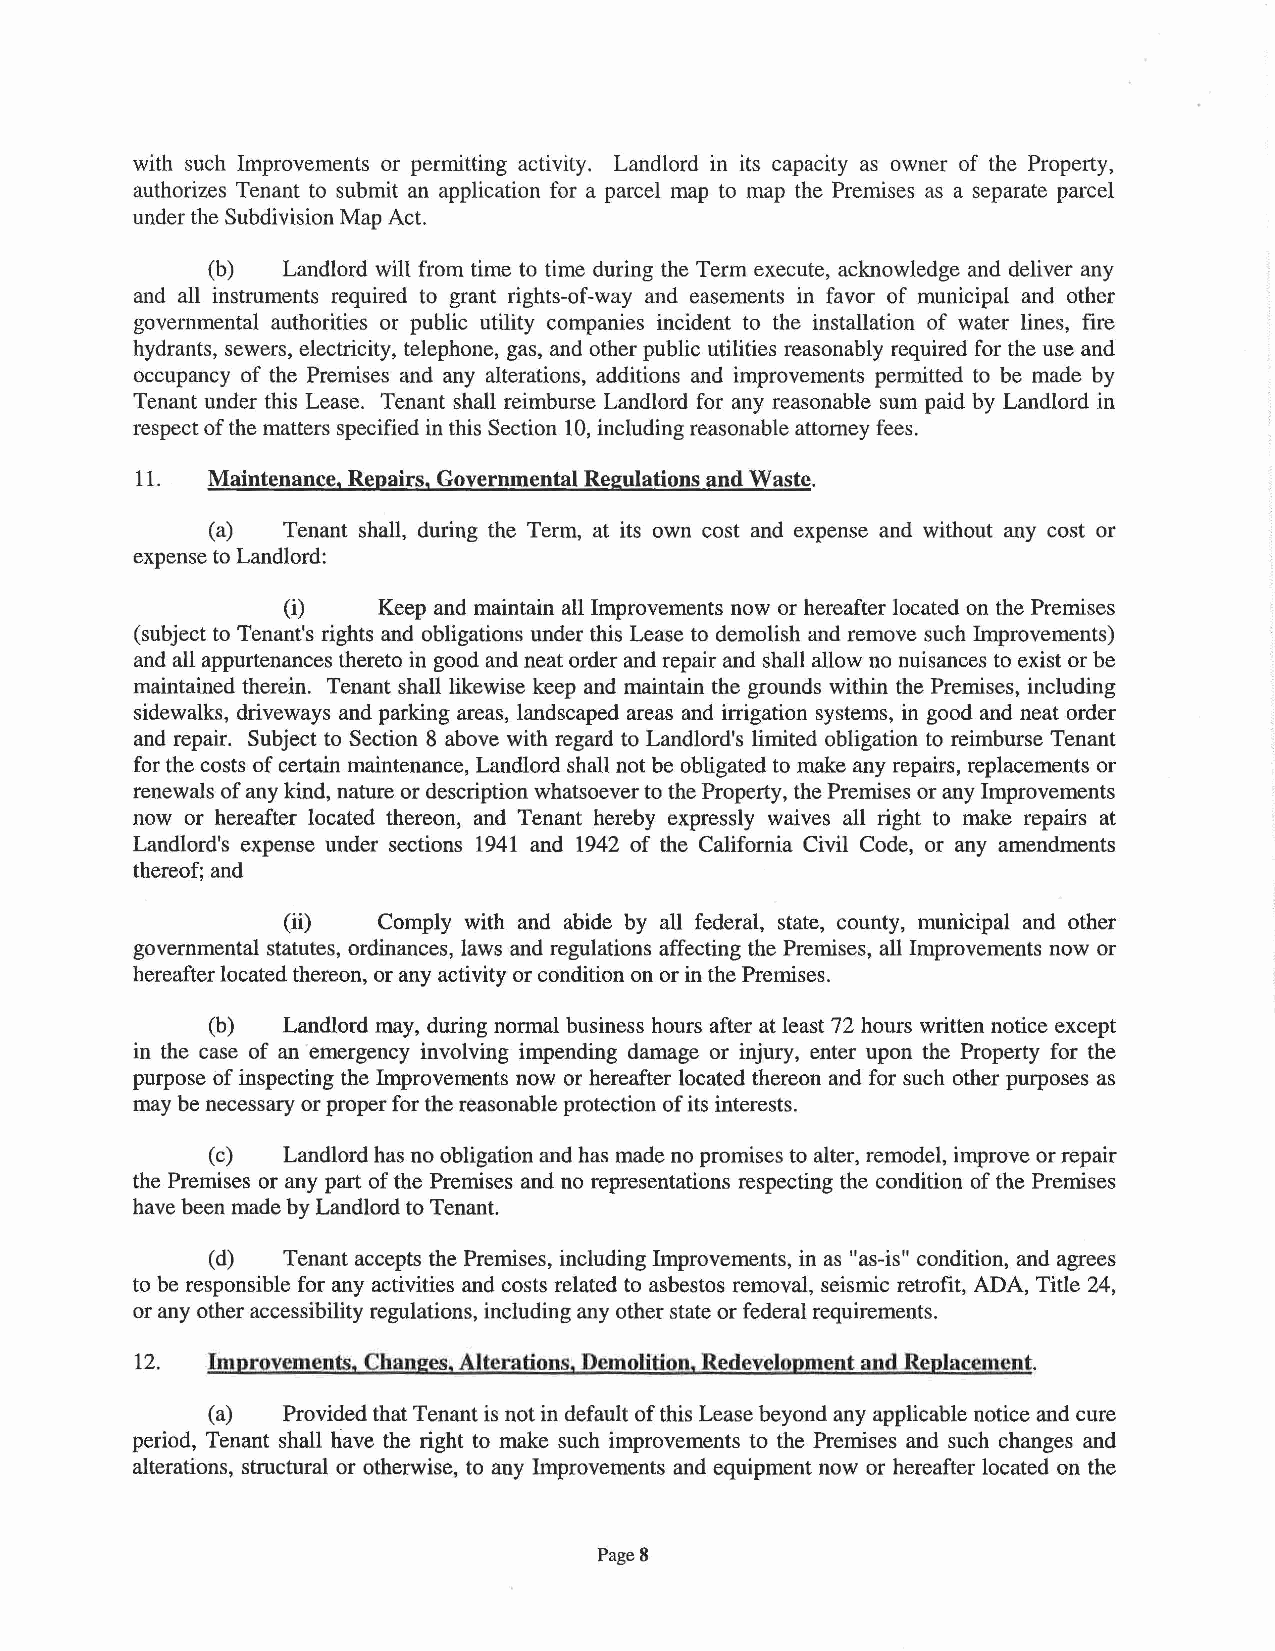
with such Improvements or pernuttmg act1v1ty. Landlord in its capacity as owner of the Property,
 authorizes Tenant to submit an application for a parcel map to map the Premises as a separate parcel
 under the Subdivision Map Act.
 (b)  Landlord will from time to time during the Term execute, acknowledge and deliver any
 and all instruments required to grant rights-of-way and easements in favor of municipal and other
 governmental authorities or public utility companies incident to the installation of water lines, fire
 hydrants, sewers, electricity, telephone, gas, and other public utilities reasonably required for the use and
 occupancy of the Premises and any alterations, additions and improvements permitted to be made by
 Tenant under this Lease. Tenant shall reimburse Landlord for any reasonable sum paid by Landlord in
 respect of the matters specified in this Section 10, including reasonable attorney fees.
 11.  Maintenance, Repairs, Governmental Regulations and Waste.
 (a)  Tenant shall, during the Term, at its own cost and expense and without any cost or
 expense to Landlord:
 (i)   Keep and maintain all Improvements now or hereafter located on the Premises
 (subject to Tenant's rights and obligations under this Lease to demolish and remove such Improvements)
 and all appurtenances thereto in good and neat order and repair and shall allow no nuisances to exist or be
 maintained therein. Tenant shall likewise keep and maintain the grounds within the Premises, including
 sidewalks, driveways and parking areas, landscaped areas and irrigation systems, in good and neat order
 and repair. Subject to Section 8 above with regard to Landlord's limited obligation to reimburse Tenant
 for the costs of certain maintenance, Landlord shall not be obligated to make any repairs, replacements or
 renewals of any kind, nature or description whatsoever to the Property, the Premises or any Improvements
 now or hereafter located thereon, and Tenant hereby expressly waives all right to make repairs at
 Landlord's expense under sections 1941 and 1942 of the California Civil Code, or any amendments
 thereof; and
 (ii)  Comply with and abide by all federal, state, county, municipal and other
 governmental statutes, ordinances, laws and regulations affecting the Premises, all Improvements now or
 hereafter located thereon, or any activity or condition on or in the Premises.
 (b)  Landlord may, during normal business hours after at least 72 hours written notice except
 in the case of an emergency involving impending damage or injury, enter upon the Property for the
 purpose of inspecting the Improvements now or hereafter located thereon and for such other purposes as
 may be necessary or proper for the reasonable protection of its interests.
 (c)  Landlord has no obligation and has made no promises to alter, remodel, improve or repair
 the Premises or any part of the Premises and no representations respecting the condition of the Premises
 have been made by Landlord to Tenant.
 (d)  Tenant accepts the Premises, including Improvements, in as "as-is" condition, and agrees
 to be responsible for any activities and costs related to asbestos removal, seismic retrofit, ADA, Title 24,
 or any other accessibility regulations, including any other state or federal requirements.
 12.  Improvements, Changes, Alterations, Demolition, Redevelopment and RepJacement.
 (a)  Provided that Tenant is not in default of this Lease beyond any applicable notice and cure
 period, Tenant shall have the right to make such improvements to the Premises and such changes and
 alterations, structural or otherwise, to any Improvements and equipment now or hereafter located on the
 Page 8